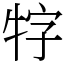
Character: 牸